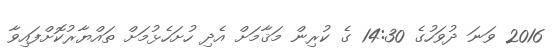
2016 ވަނަ ދުވަހުގެ 14:30 ގެ ކުރިން މަޤާމަށް އެދި ހުށަހެޅުމަށް ތައްޔާރުކޮށްފައިވާ